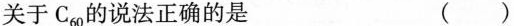
关于C_{60}的说法正确的是()